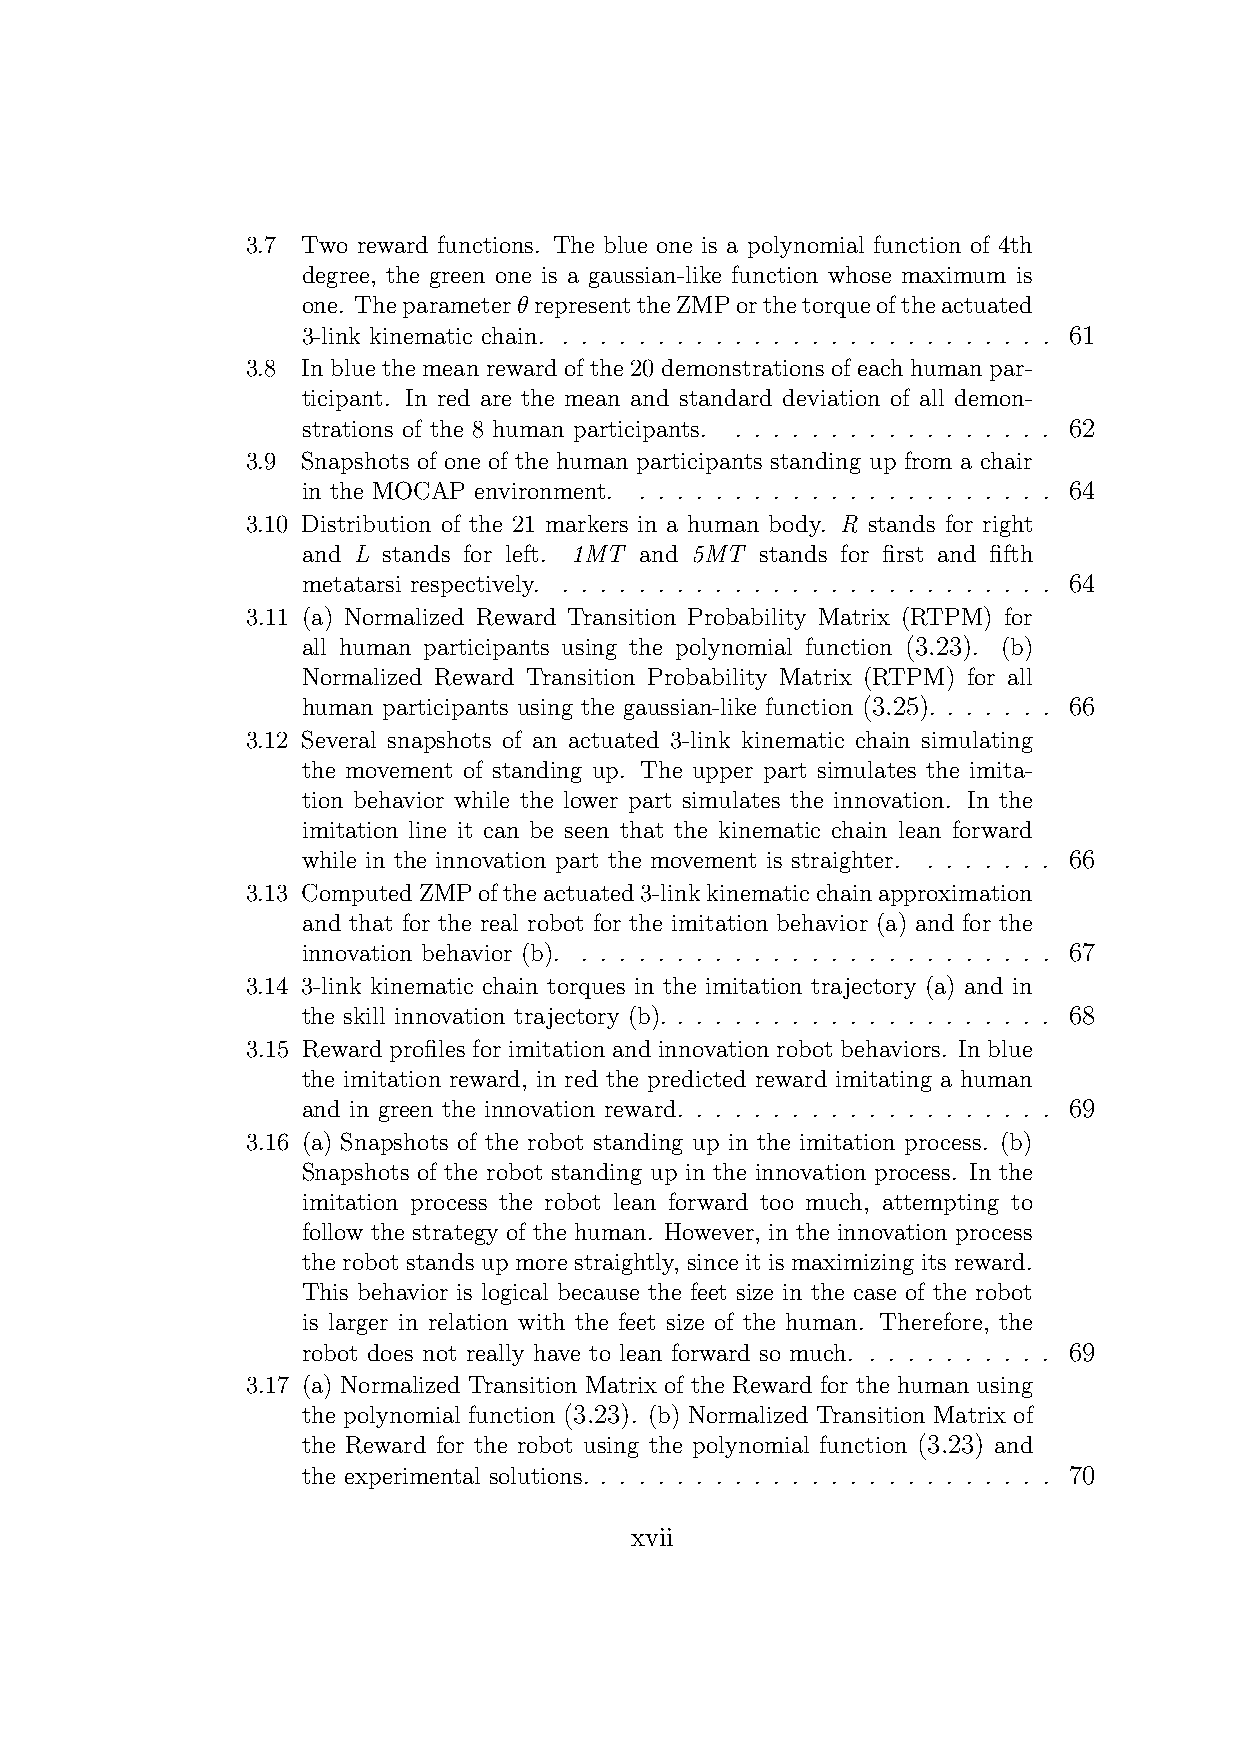
3.7 Two reward functions. The blue one is a polynomial function of 4th
 degree, the green one is a gaussian-like function whose maximum is
 one. TheparameterθrepresenttheZMPorthetorqueoftheactuated
 3-link kinematic chain. . . . . . . . . . . . . . . . . . . . . . . . . . . 61
 3.8 In blue the mean reward of the 20 demonstrations of each human par-
 ticipant. In red are the mean and standard deviation of all demon-
 strations of the 8 human participants. . . . . . . . . . . . . . . . . . 62
 3.9 Snapshots of one of the human participants standing up from a chair
 in the MOCAP environment. . . . . . . . . . . . . . . . . . . . . . . 64
 3.10 Distribution of the 21 markers in a human body. R stands for right
 and L stands for left. 1MT and 5MT stands for first and fifth
 metatarsi respectively. . . . . . . . . . . . . . . . . . . . . . . . . . . 64
 3.11 (a) Normalized Reward Transition Probability Matrix (RTPM) for
 all human participants using the polynomial function (3.23). (b)
 Normalized Reward Transition Probability Matrix (RTPM) for all
 human participants using the gaussian-like function (3.25). . . . . . . 66
 3.12 Several snapshots of an actuated 3-link kinematic chain simulating
 the movement of standing up. The upper part simulates the imita-
 tion behavior while the lower part simulates the innovation. In the
 imitation line it can be seen that the kinematic chain lean forward
 while in the innovation part the movement is straighter. . . . . . . . 66
 3.13 ComputedZMPoftheactuated3-linkkinematicchainapproximation
 and that for the real robot for the imitation behavior (a) and for the
 innovation behavior (b). . . . . . . . . . . . . . . . . . . . . . . . . . 67
 3.14 3-link kinematic chain torques in the imitation trajectory (a) and in
 the skill innovation trajectory (b). . . . . . . . . . . . . . . . . . . . . 68
 3.15 Reward profiles for imitation and innovation robot behaviors. In blue
 the imitation reward, in red the predicted reward imitating a human
 and in green the innovation reward. . . . . . . . . . . . . . . . . . . . 69
 3.16 (a) Snapshots of the robot standing up in the imitation process. (b)
 Snapshots of the robot standing up in the innovation process. In the
 imitation process the robot lean forward too much, attempting to
 follow the strategy of the human. However, in the innovation process
 the robot stands up more straightly, since it is maximizing its reward.
 This behavior is logical because the feet size in the case of the robot
 is larger in relation with the feet size of the human. Therefore, the
 robot does not really have to lean forward so much. . . . . . . . . . . 69
 3.17 (a) Normalized Transition Matrix of the Reward for the human using
 the polynomial function (3.23). (b) Normalized Transition Matrix of
 the Reward for the robot using the polynomial function (3.23) and
 the experimental solutions. . . . . . . . . . . . . . . . . . . . . . . . . 70
 xvii